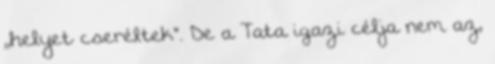
,,helyet cseréltek". De a Tata igazi célja nem az,